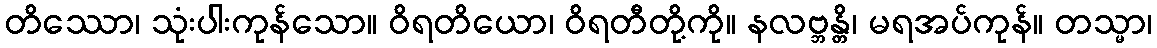
တိဿော၊ သုံးပါးကုန်သော။ ဝိရတိယော၊ ဝိရတီတို့ကို။ နလဗ္ဘန္တိ၊ မရအပ်ကုန်။ တသ္မာ၊